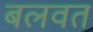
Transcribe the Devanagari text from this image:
बलवत